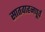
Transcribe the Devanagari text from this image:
सातवाहनपूर्व